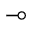
\multimap